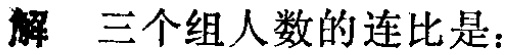
解 三个组人数的连比是：